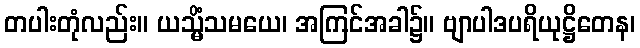
တပါးတုံလည်း။ ယသ္မိံသမယေ၊ အကြင်အခါ၌။ ဗျာပါဒပရိယုဋ္ဌိတေန၊